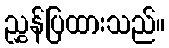
ညွှန်ပြထားသည်။